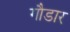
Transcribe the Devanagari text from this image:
गौडार